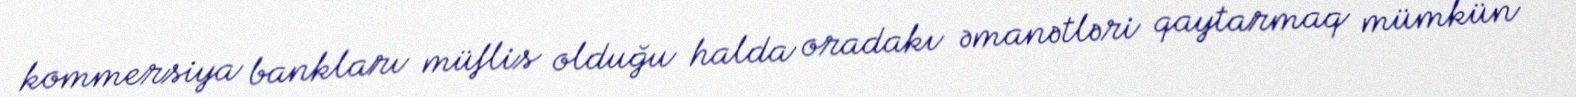
kommersiya bankları müflis olduğu halda oradakı əmanətləri qaytarmaq mümkün